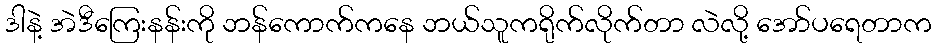
ဒါနဲ့ အဲဒီကြေးနန်းကို ဘန်ကောက်ကနေ ဘယ်သူကရိုက်လိုက်တာ လဲလို့ အော်ပရေတာက